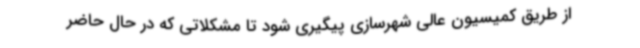
از طریق کمیسیون عالی شهرسازی پیگیری شود تا مشکلاتی که در حال حاضر